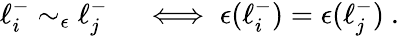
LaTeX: \begin{array}{rl}{\ell_{i}^{-}\sim_{\epsilon}\ell_{j}^{-}}&{{}\iff\epsilon(\ell_{i}^{-})=\epsilon(\ell_{j}^{-})~.}\end{array}